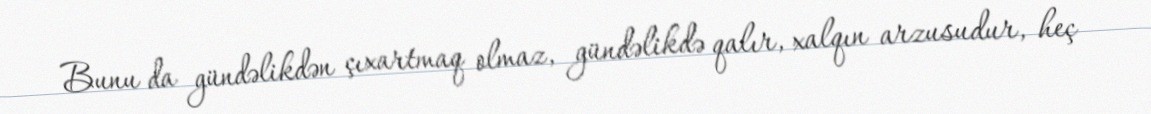
Bunu da gündəlikdən çıxartmaq olmaz, gündəlikdə qalır, xalqın arzusudur, heç